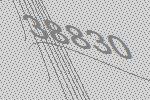
38830